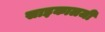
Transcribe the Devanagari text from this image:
साइकालजी